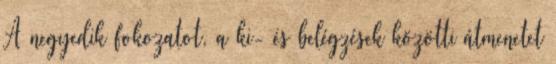
A negyedik fokozatot, a ki- és belégzések közötti átmenetet